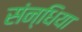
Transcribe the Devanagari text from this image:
संन्धिया